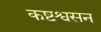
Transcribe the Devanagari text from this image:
कष्टश्वसन